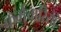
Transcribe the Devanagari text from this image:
कर्मचारियेां